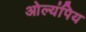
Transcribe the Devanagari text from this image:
ओल्यंपिय